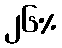
၂၆%